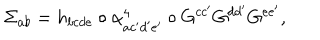
\Sigma _ { a b } = h _ { b c d e } \circ \alpha _ { a c ^ { \prime } d ^ { \prime } e ^ { \prime } } ^ { 4 } \circ G ^ { c c ^ { \prime } } G ^ { d d ^ { \prime } } G ^ { e e ^ { \prime } } ,